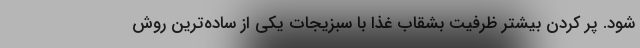
شود. پر کردن بیشتر ظرفیت بشقاب غذا با سبزیجات یکی از ساده‌ترین روش